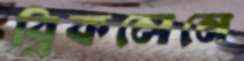
ব্রিকলেনে